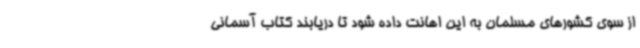
از سوی کشورهای مسلمان به این اهانت داده شود تا دریابند کتاب آسمانی